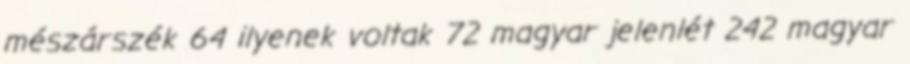
mészárszék 64 ilyenek voltak 72 magyar jelenlét 242 magyar